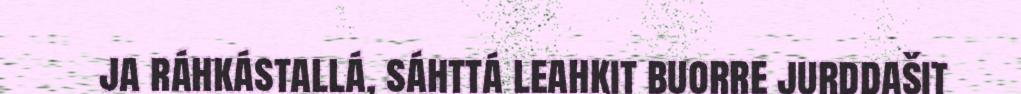
ja ráhkástallá, sáhttá leahkit buorre jurddašit